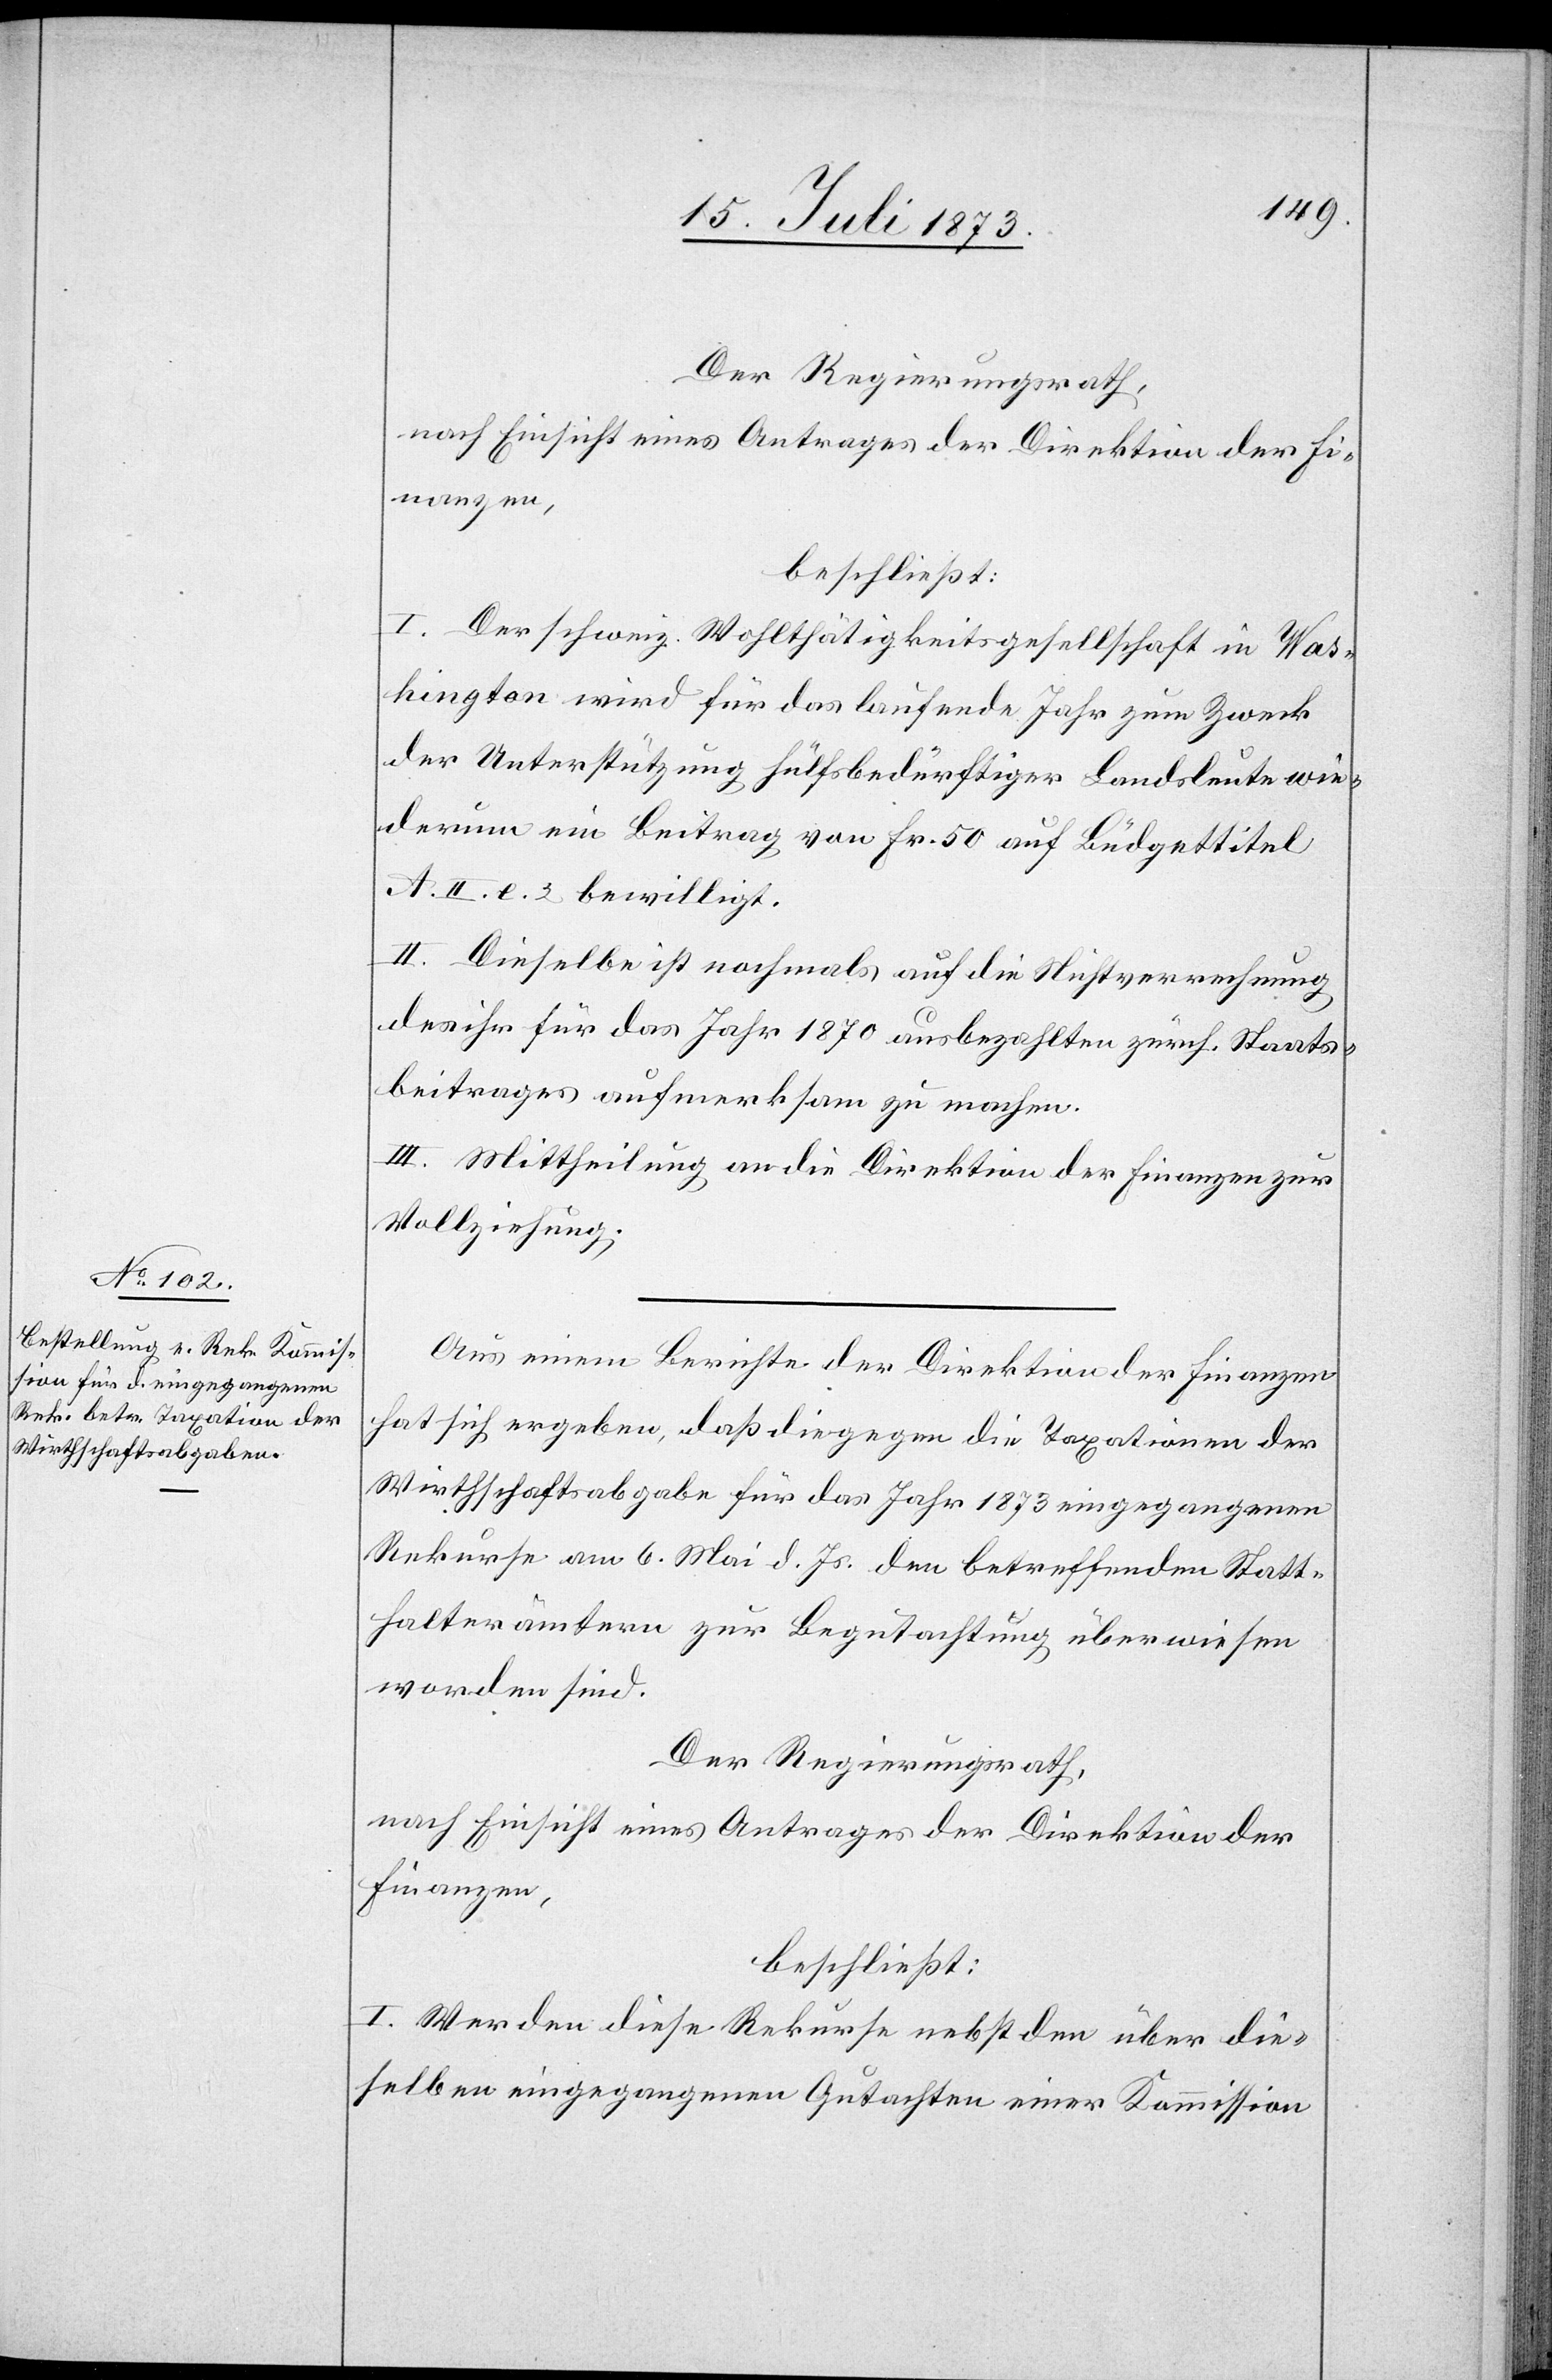
Aus einem Berichte der Direktion der Finanzen
hat sich ergeben, daß die gegen die Taxationen der
Wirthschaftsabgabe für das Jahr 1873 eingegangenen
Rekurse am 6. Mai d. Js. den betreffenden Statt¬
halterämtern zur Begutachtung überwiesen
worden sind.
Der Regierungsrath,
nach Einsicht eines Antrages der Direktion der
Finanzen,
beschließt:
I. Werden diese Rekurse nebst den über die¬
selben eingegangenen Gutachten einer Kommission